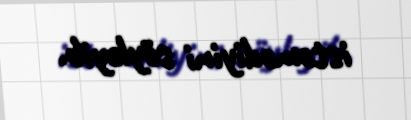
istəmədiyini söyləyib.